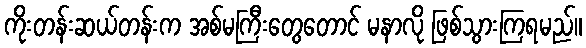
ကိုးတန်းဆယ်တန်းက အစ်မကြီးတွေတောင် မနာလို ဖြစ်သွားကြရမည်။